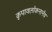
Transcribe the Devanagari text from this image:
कृपावलोकनानेंच